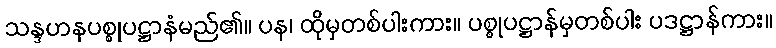
သန္ဒဟနပစ္စုပဋ္ဌာနံမည်၏။ ပန၊ ထိုမှတစ်ပါးကား။ ပစ္စုပဋ္ဌာန်မှတစ်ပါး ပဒဋ္ဌာန်ကား။